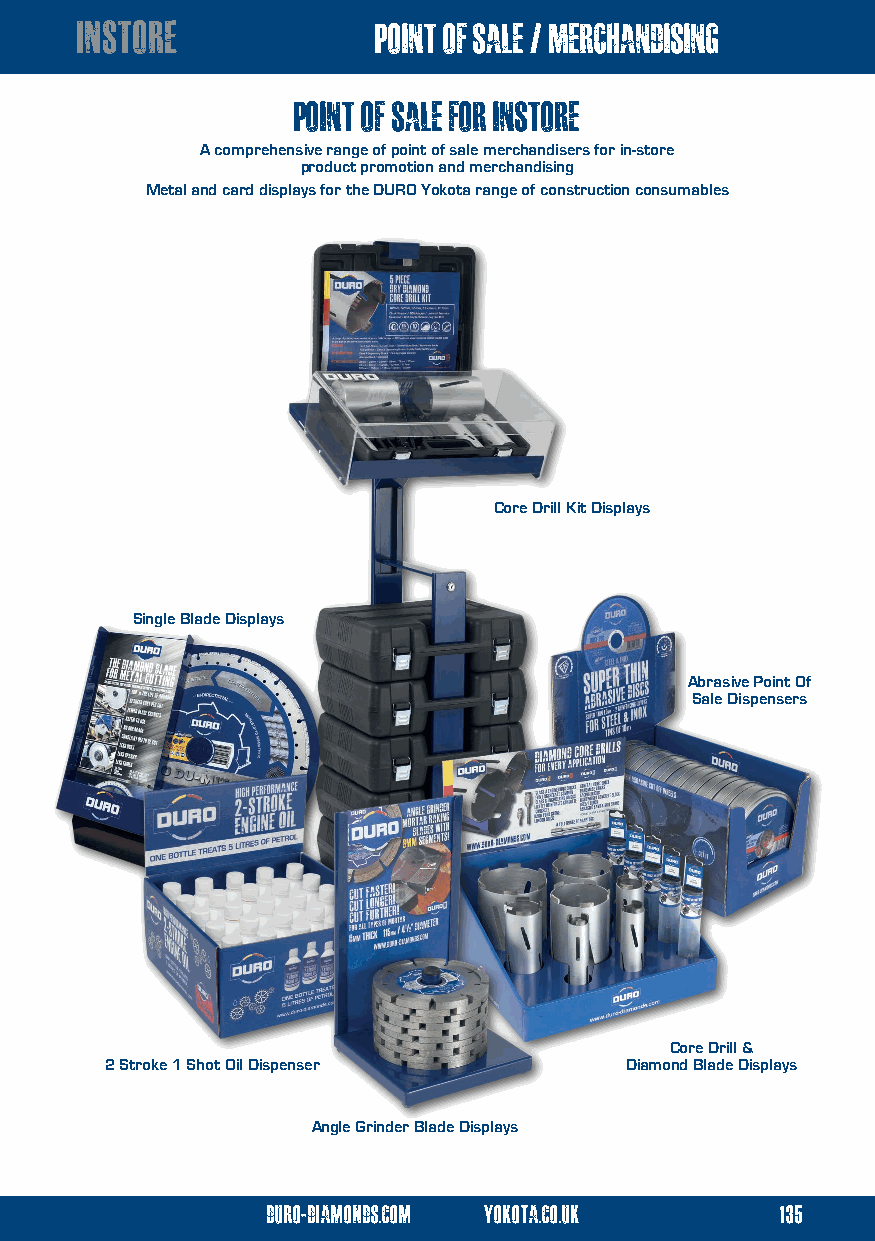
instore             point of sale / merchandising
 point of sale for instore
 A comprehensive range of point of sale merchandisers for in-store
 product promotion and merchandising
 Metal and card displays for the DURO Yokota range of construction consumables
 Core Drill Kit Displays
 Single Blade Displays
 Abrasive Point Of
 Sale Dispensers
 Core Drill &
 2 Stroke 1 Shot Oil Dispenser     Diamond Blade Displays
 Application Charts • Product Information Backing Cards • In-Store Posters
 Bespoke Promotional Flyers • Bespoke Wall Coverings • Outdoor Banners Angle Grinder Blade Displays
 duro-diamonds.com yokota.co.uk    135